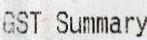
GST SUMMARY